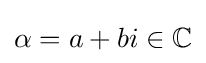
\alpha =a+bi\in \mathbb {C}